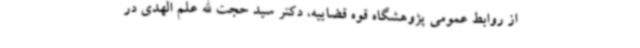
از روابط‌ عمومی پژوهشگاه قوه قضاییه، دکتر سید حجت الله علم الهدی در